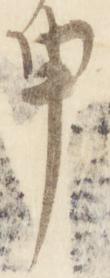
申